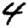
Digit: 4